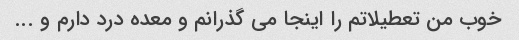
خوب من تعطیلاتم را اینجا می گذرانم و معده درد دارم و ...